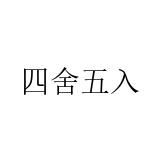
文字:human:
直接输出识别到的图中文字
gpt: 四舍五入